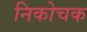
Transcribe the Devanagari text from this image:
निकोचक